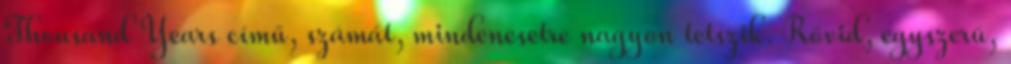
Thousand Years című, számát, mindenesetre nagyon tetszik. Rövid, egyszerű,